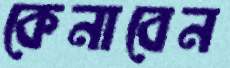
কেনাবেন